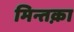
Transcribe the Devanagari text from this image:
मिन्तक़ा